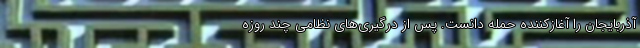
آذربایجان را آغازکننده حمله دانست. پس از درگیری‌های نظامی چند روزه